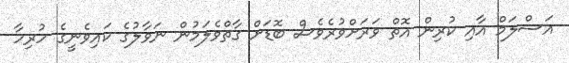
އަސްލަމް އާއި ކުރިން އޮތް ވަރަށްވުރެވެސް ބޮޑަށް ގާތްވެލަމުން ނަވާލުގެ ކައިވެނީގެ ހުރިހާ